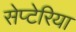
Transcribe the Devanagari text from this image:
सेप्टेरिया